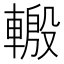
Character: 𨍪